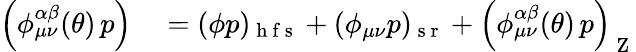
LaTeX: \begin{array}{rl}{\left(\phi_{\mu\nu}^{\alpha\beta}(\theta)\, p\right)}&{{}=(\phi p)_{\mathrm{~h~f~s~}}+(\phi_{\mu\nu}p)_{\mathrm{~s~r~}}+\left(\phi_{\mu\nu}^{\alpha\beta}(\theta)\, p\right)_{\mathrm{~Z~}}}\end{array}